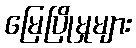
မြေပြိုမှုများ